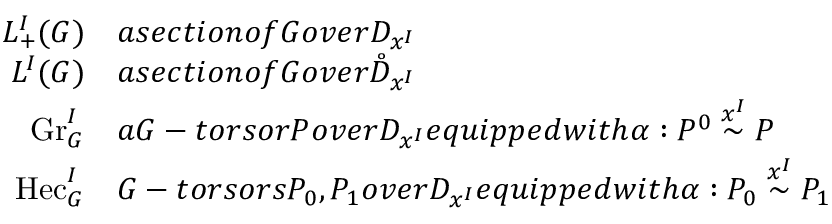
\begin{array} { r l } { L _ { + } ^ { I } ( G ) } & { a s e c t i o n o f G o v e r D _ { x ^ { I } } } \\ { L ^ { I } ( G ) } & { a s e c t i o n o f G o v e r \mathring D _ { x ^ { I } } } \\ { \mathrm { G r } _ { G } ^ { I } } & { a G - t o r s o r P o v e r D _ { x ^ { I } } e q u i p p e d w i t h \alpha : P ^ { 0 } \overset { x ^ { I } } { \sim } P } \\ { \mathrm { H e c } _ { G } ^ { I } } & { G - t o r s o r s P _ { 0 } , P _ { 1 } o v e r D _ { x ^ { I } } e q u i p p e d w i t h \alpha : P _ { 0 } \overset { x ^ { I } } { \sim } P _ { 1 } } \end{array}